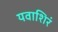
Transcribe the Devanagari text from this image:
यवाशिरं